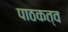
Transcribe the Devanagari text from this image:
पाठकत्व